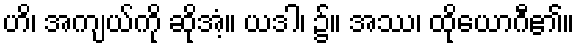
ဟိ၊ အကျယ်ကို ဆိုအံ့။ ယဒါ၊ ၌။ အဿ၊ ထိုယောဂီ၏။